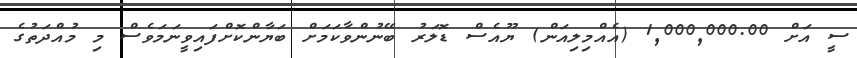
ސީ އަށް 1